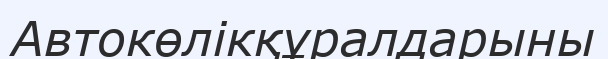
Автокөлікқұралдарыны